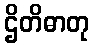
ဌိတိဓာတု